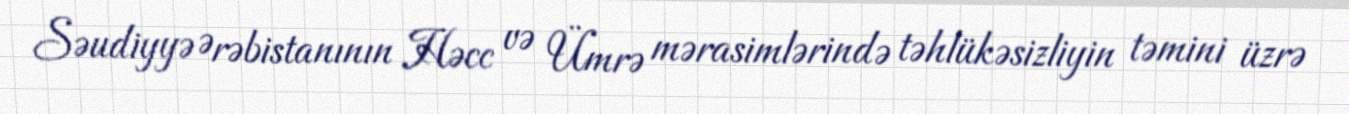
Səudiyyə Ərəbistanının Həcc və Ümrə mərasimlərində təhlükəsizliyin təmini üzrə